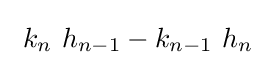
\ k_{n}\ h_{n-1}-k_{n-1}\ h_{n}\